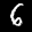
Digit: 6